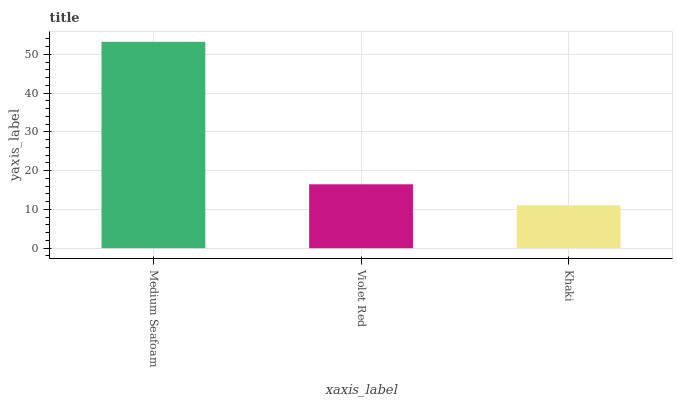
| xaxis_label | bars |
 | --- | --- |
 | Medium Seafoam | 53.2 |
 | Violet Red | 16.5 |
 | Khaki | 11.1 |